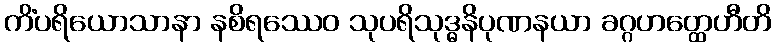
ကိံပရိယောသာနာ နစိရဿေဝ သုပရိသုဒ္ဓနိပုဏနယာ ခဂ္ဂဟတ္ထေဟီတိ